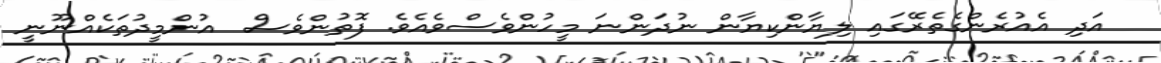
އަދި އެއުރެންގެތެރޭގައި ލިޔާންކިޔާން ނުދަންނަ މީހުންވެސްވެއެވެ. ފޮތުންވެސް  އުންމީދުތަކެއްނޫނީ